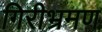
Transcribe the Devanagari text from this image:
गिरीभ्रमण